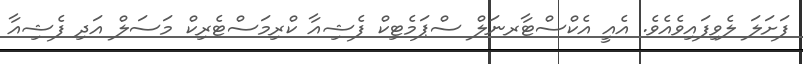
ފަށަލަ ލެވިފައިވެއެވެ. އެއީ އެކްސްޓާރނަލް ސްޕަމެޓިކް ފެޝިއާ ކްރިމަސްޓެރިކް މަސަލް އަދި ފެޝިއާ